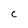
Character: C